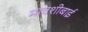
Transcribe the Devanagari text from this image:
मावशीबाई